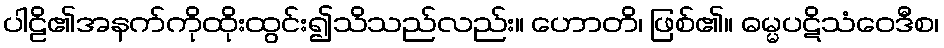
ပါဠိ၏အနက်ကိုထိုးထွင်း၍သိသည်လည်း။ ဟောတိ၊ ဖြစ်၏။ ဓမ္မပဋိသံဝေဒီစ၊